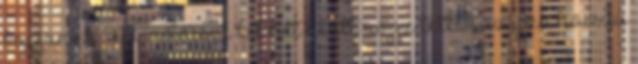
kapjanak. Mindössze két hét alatt rögzítették az igen hosszú